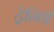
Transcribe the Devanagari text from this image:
ट्रेनिङ्ग